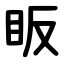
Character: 眅